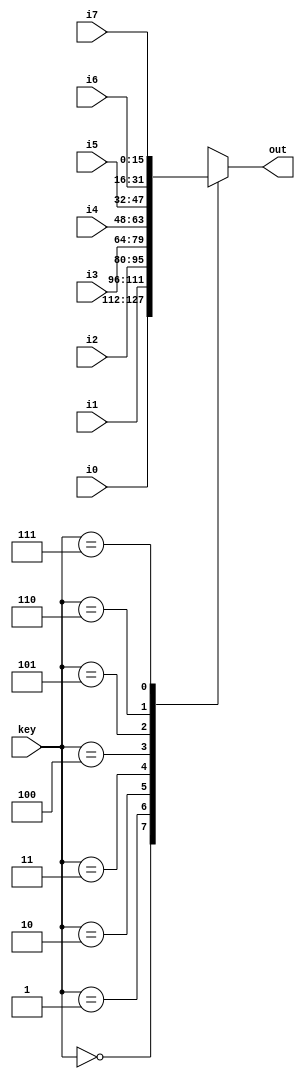


module mux8x3(i0, i1, i2, i3, i4, i5, i6, i7, key, out);

    input [15:0] i0, i1, i2, i3, i4, i5, i6, i7;
	input [2:0] key;
	output reg [15:0] out;

    always @* begin
        case (key)
            3'b000: out = i0;
            3'b001: out = i1;
            3'b010: out = i2;
            3'b011: out = i3;
            3'b100: out = i4;
            3'b101: out = i5;
            3'b110: out = i6;
            3'b111: out = i7;
        endcase
    end
endmodule